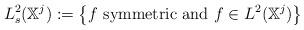
LaTeX: \begin{align*}L^2_s(\mathbb X^j) := \left\{f \textrm{ symmetric and } f \in L^2(\mathbb X^j) \right\}\end{align*}